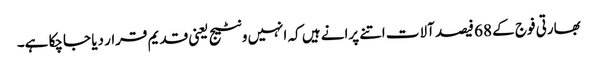
بھارتی فوج کے 68 فیصد آلات اتنے پرانے ہیں کہ انہیں ونٹیج یعنی قدیم قرار دیا جاچکا ہے۔